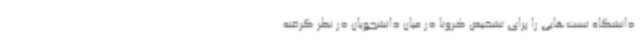
دانشگاه‌ تست‌هایی را برای تشخیص کرونا در میان دانشجویان در نظر گرفته